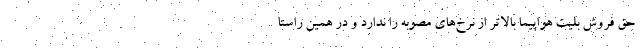
حق فروش بلیت هواپیما بالاتر از نرخ‌های مصوبه را ندارد و در همین راستا